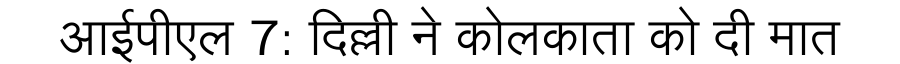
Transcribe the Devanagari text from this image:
आईपीएल 7: दिल्ली ने कोलकाता को दी मात